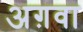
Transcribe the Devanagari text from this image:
अग़वा